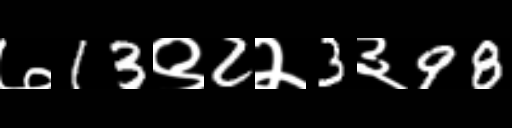
Text: ७13९2२3३98